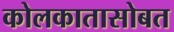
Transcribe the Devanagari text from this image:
कोलकातासोबत